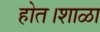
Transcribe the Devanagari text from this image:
होत।शाळा